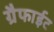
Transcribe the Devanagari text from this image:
ग्रैफाईट